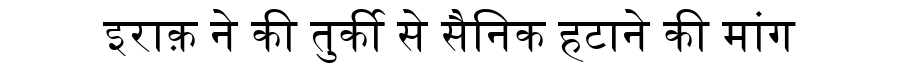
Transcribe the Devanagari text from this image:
इराक़ ने की तुर्की से सैनिक हटाने की मांग